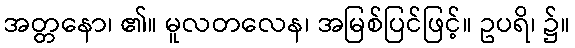
အတ္တနော၊ ၏။ မူလတလေန၊ အမြစ်ပြင်ဖြင့်။ ဥပရိ၊ ၌။